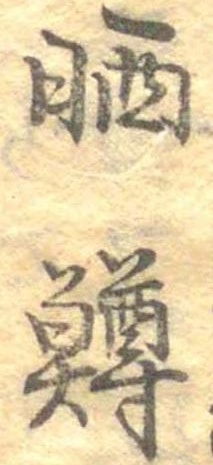
晒鱒